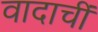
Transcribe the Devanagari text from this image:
वादाचीं